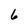
Character: 6